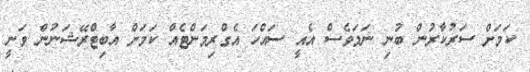
ކަމަށް ސަރުކާރުން ބުނި ނަމަވެސް އެއީ ސައްހަ އެގްރިމަންޓެއް ކަމަށް އާބިޓްރޭޝަނުން ވަނީ